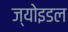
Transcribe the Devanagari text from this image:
ज्योइडल